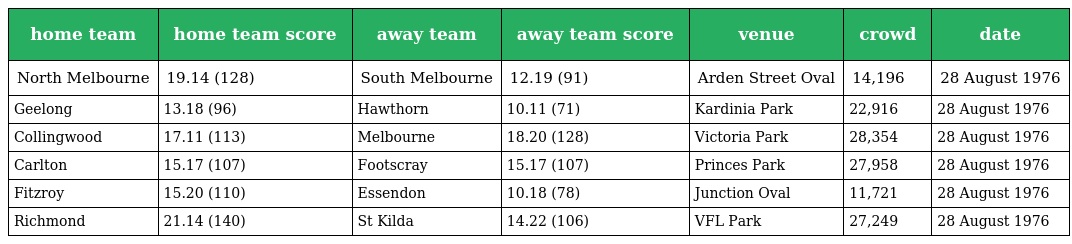
| home team | home team score | away team | away team score | venue | crowd | date |
 | --- | --- | --- | --- | --- | --- | --- |
 | North Melbourne | 19.14 (128) | South Melbourne | 12.19 (91) | Arden Street Oval | 14,196 | 28 August 1976 |
 | Geelong | 13.18 (96) | Hawthorn | 10.11 (71) | Kardinia Park | 22,916 | 28 August 1976 |
 | Collingwood | 17.11 (113) | Melbourne | 18.20 (128) | Victoria Park | 28,354 | 28 August 1976 |
 | Carlton | 15.17 (107) | Footscray | 15.17 (107) | Princes Park | 27,958 | 28 August 1976 |
 | Fitzroy | 15.20 (110) | Essendon | 10.18 (78) | Junction Oval | 11,721 | 28 August 1976 |
 | Richmond | 21.14 (140) | St Kilda | 14.22 (106) | VFL Park | 27,249 | 28 August 1976 |